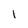
Character: 1